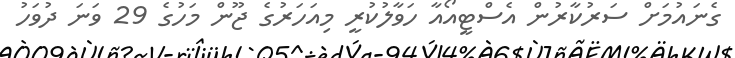
ގެނައުމަށް ސަރުކާރުން އެސްޓީއޯއާ ހަވާލުކުރީ މިއަހަރުގެ ޖޫން މަހުގެ 29 ވަނަ ދުވަހު